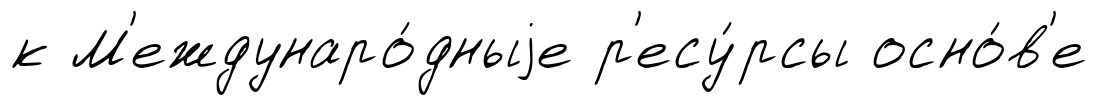
к М'еждунаро́дныjе р'есу́рсы осно́в'е